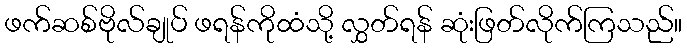
ဖက်ဆစ်ဗိုလ်ချုပ် ဖရန်ကိုထံသို့ လွှတ်ရန် ဆုံးဖြတ်လိုက်ကြသည်။